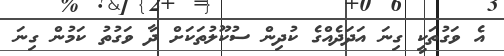
އެ ވަގުތަކީ ގިނަ އަދަދެއްގެ ކުދިން ސުކޫލުތަކަށް ދާ ވަގުތު ކަމުން ގިނަ